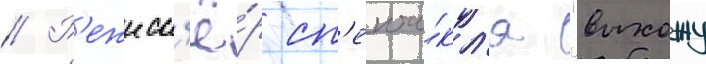
// Р'ежисс'ё́р сп'екта́кл'я "выхожу